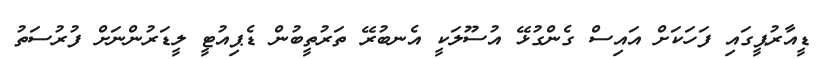
ޑީއާރުޕީގައި ފަހަކަށް އައިސް ގެންގުޅޭ އުސޫލަކީ އެނބުރޭ ތަރުތީބުން ޑެޕިއުޓީ ލީޑަރުންނަށް ފުރުސަތު